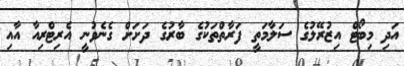
އަދި މިބޯޓް އިޒުރޭލުގެ ސަލާމަތީ ފަރާތްތަކުގެ ބާރުގެ ދަށަށް ގެނެވުނީ އެރިޓްރިއާ އާއި